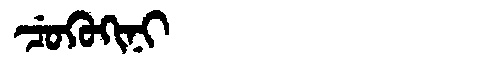
Manchu: ᠴᡠᡴᡠᡴᡳᠨᡳ
Romanization: CUKUKINI